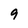
Character: 9